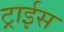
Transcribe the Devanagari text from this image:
ट्राईस